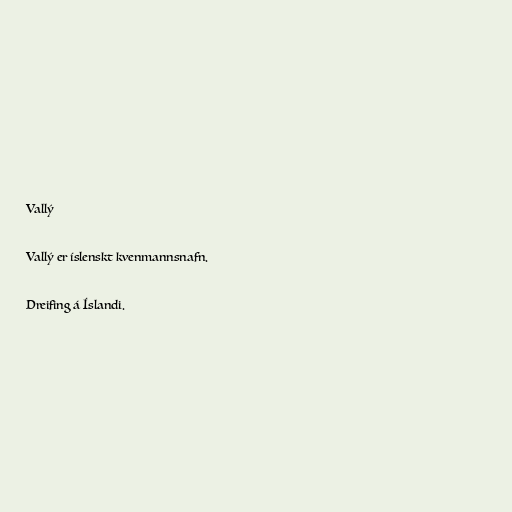
Vallý

Vallý er íslenskt kvenmannsnafn.

Dreifing á Íslandi.